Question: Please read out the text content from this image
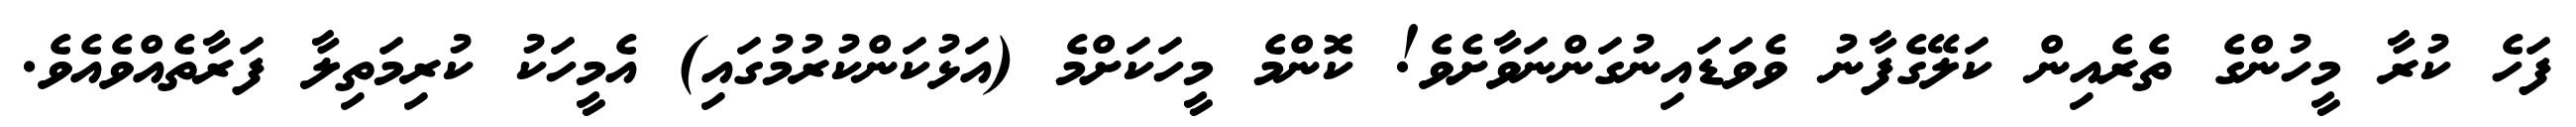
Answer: ފަހެ ކުރާ މީހުންގެ ތެރެއިން ކަލޭގެފާނު ވެވަޑައިނުގަންނަވާށެވެ! ކޮންމެ މީހަކަށްމެ (އަޅުކަންކުރުމުގައި) އެމީހަކު ކުރިމަތިލާ ފަރާތެއްވެއެވެ.